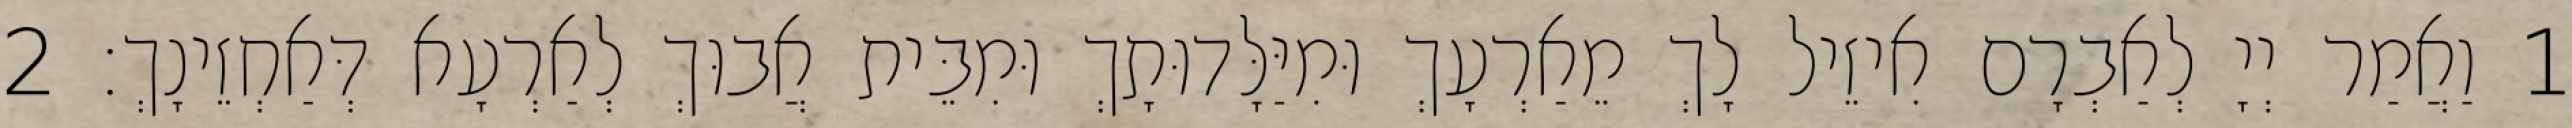
1 וַאֲמַר יְיָ לְאַבְרָם אִיזֵיל לָךְ מֵאַרְעָךְ וּמִיַּלָּדוּתָךְ וּמִבֵּית אֲבוּךְ לְאַרְעָא דְּאַחְזֵינָךְ׃ 2